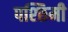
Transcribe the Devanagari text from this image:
पश्छिमी